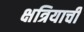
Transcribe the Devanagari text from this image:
क्षत्रियाची